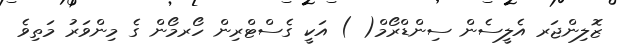
ޒޮލިންޖަރ އެލީސެން ސިންޑްރޯމް( ) އަކީ ގެސްޓްރިން ހޯރމޯން ގެ މިންވަރު މަތިވެ